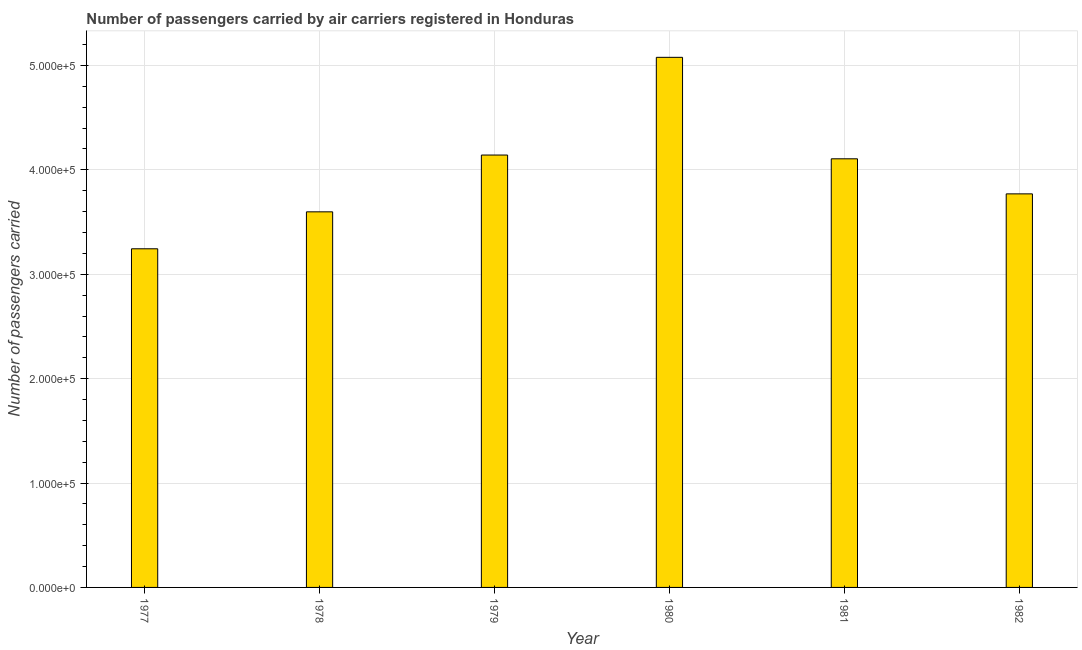
| Year | Air transport |
 | --- | --- |
 | 1977 | 3.24e+05 |
 | 1978 | 3.6e+05 |
 | 1979 | 4.14e+05 |
 | 1980 | 5.08e+05 |
 | 1981 | 4.11e+05 |
 | 1982 | 3.77e+05 |